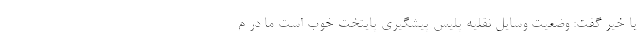
یا خیر گفت: وضعیت وسایل نقلیه پلیس پیشگیری پایتخت خوب است ما در م